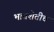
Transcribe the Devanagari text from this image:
भातशेतीच